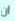
ان